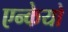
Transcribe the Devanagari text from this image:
एन्केयो